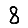
Digit: 8